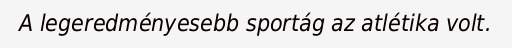
A legeredményesebb sportág az atlétika volt.